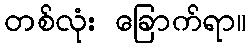
တစ်လုံး ခြောက်ရာ။